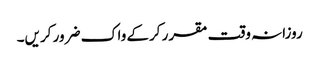
روزانہ وقت مقرر کرکے واک ضرور کریں۔